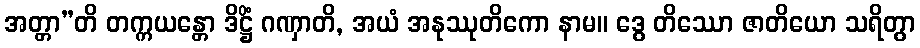
အတ္တာ”တိ တက္ကယန္တော ဒိဋ္ဌိံ ဂဏှာတိ, အယံ အနုဿုတိကော နာမ။ ဒွေ တိဿော ဇာတိယော သရိတွာ